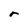
Character: r